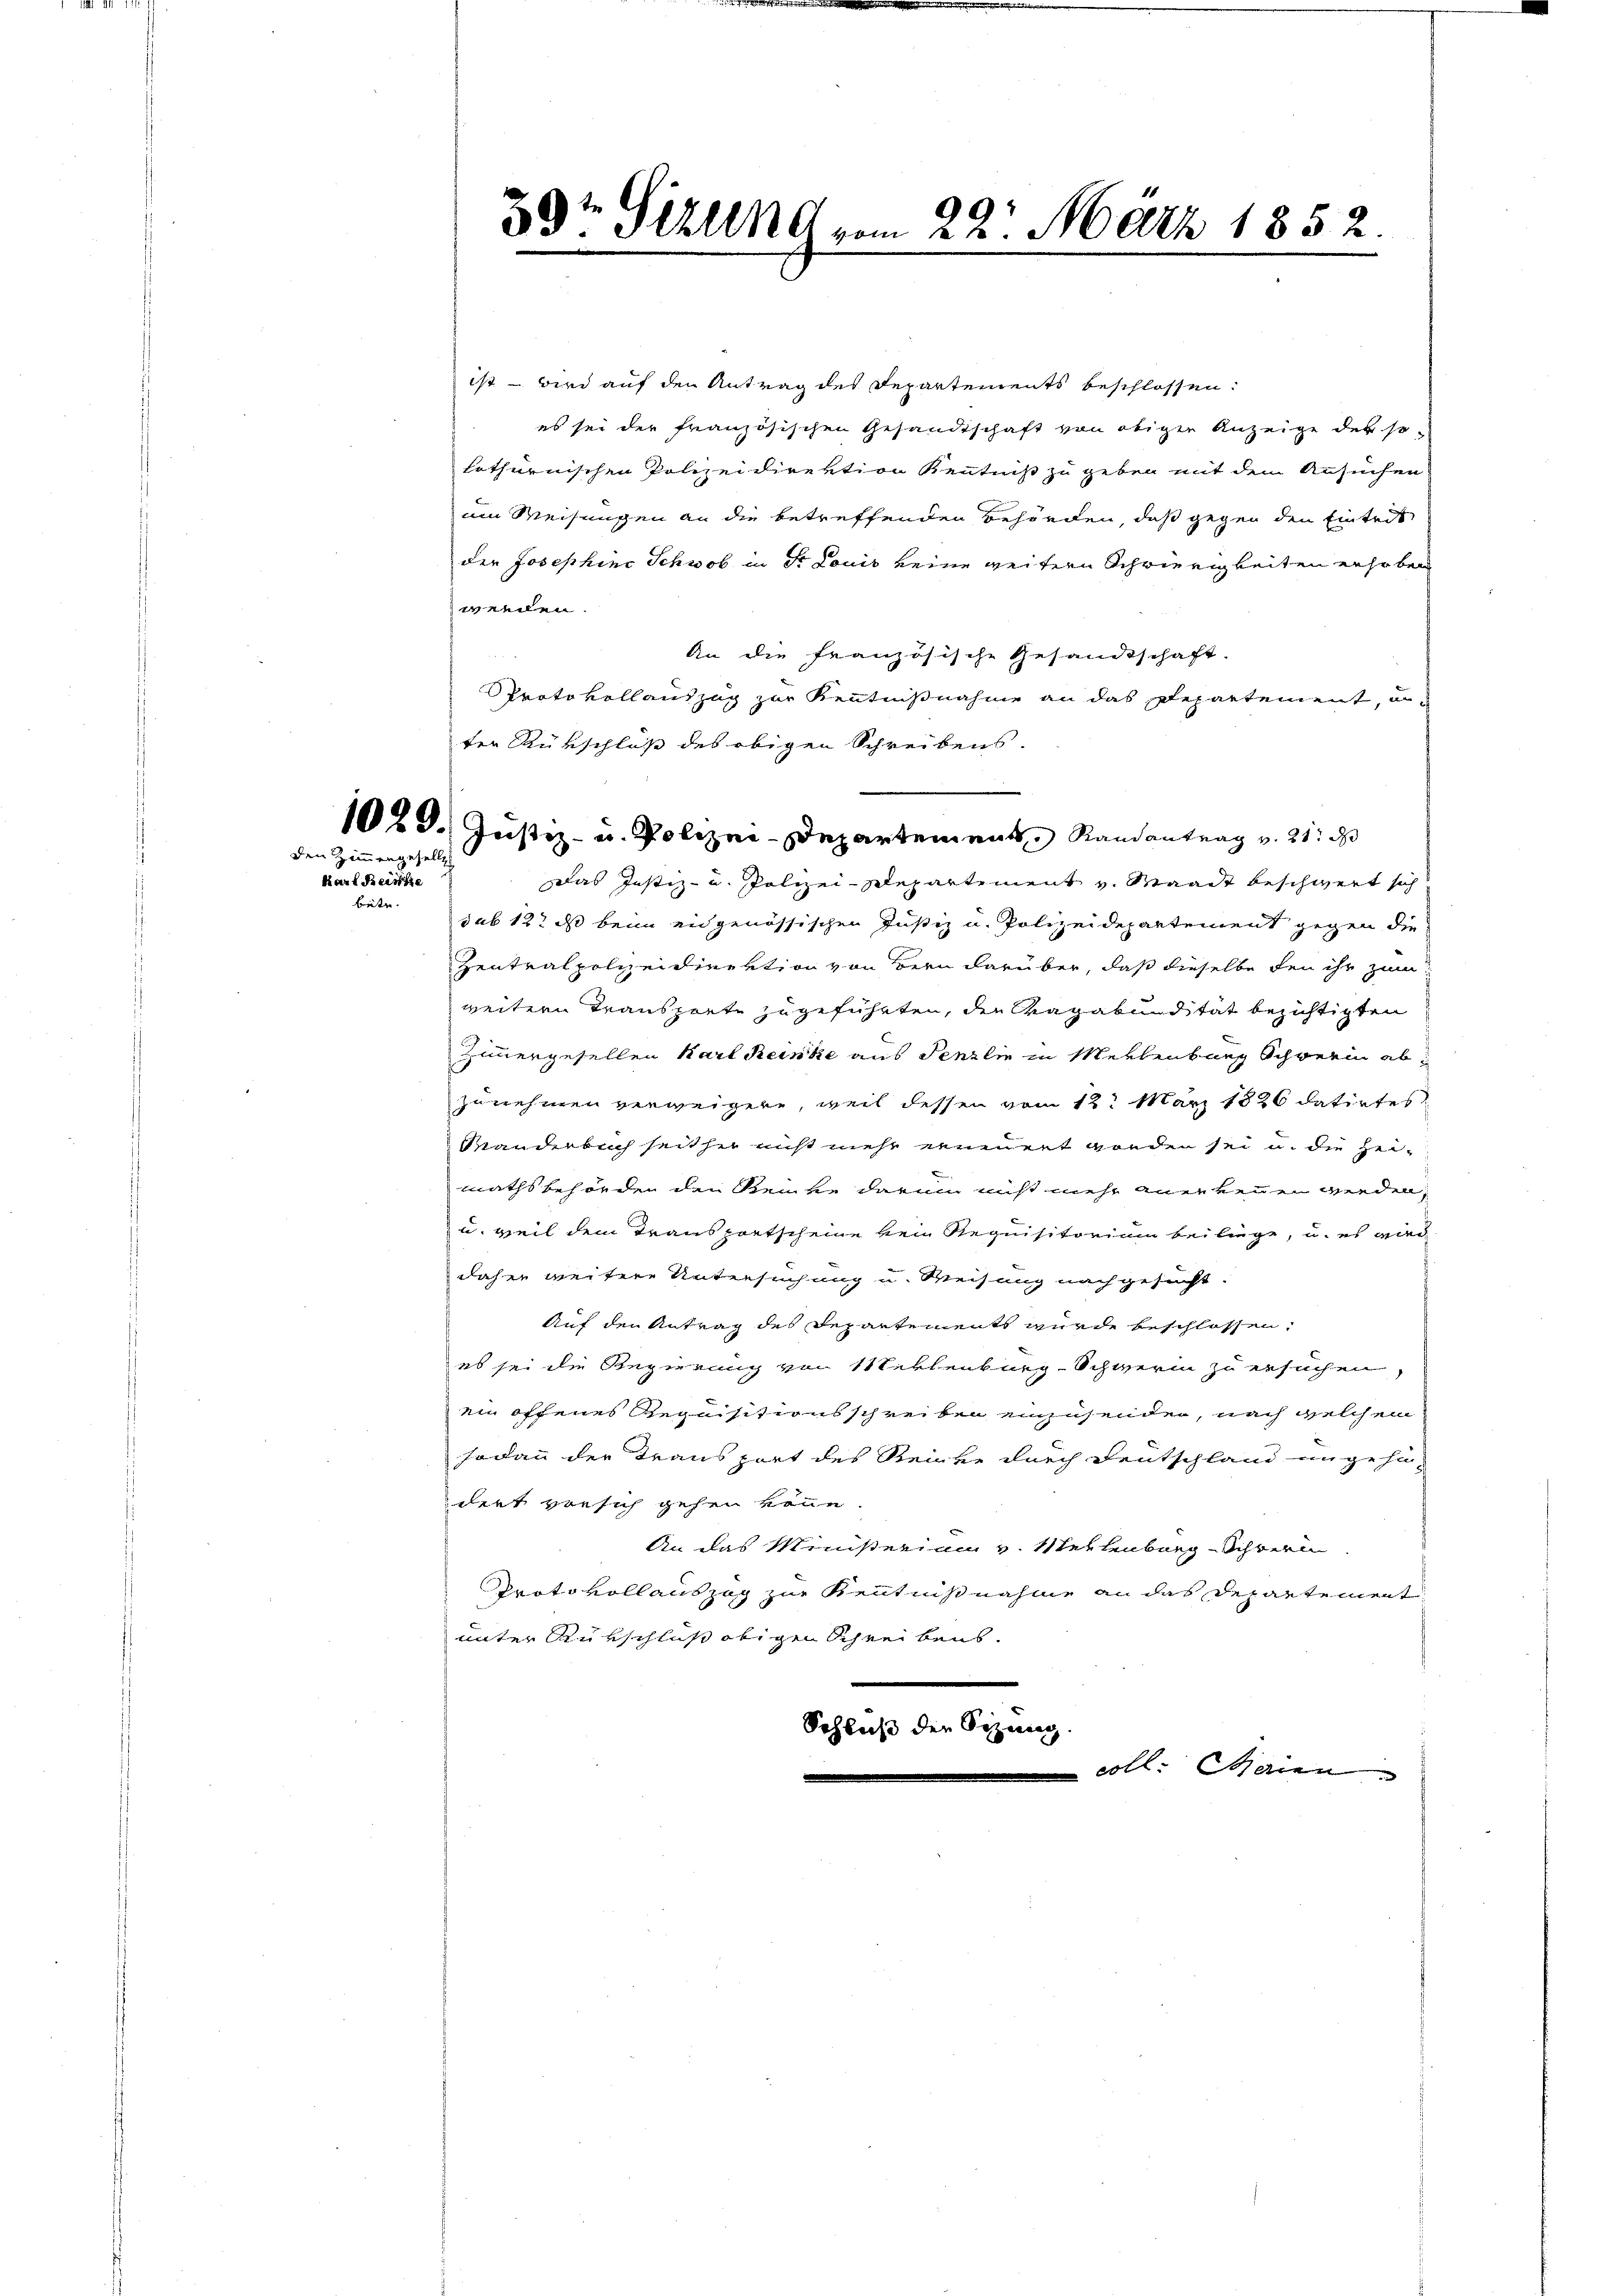
den Zimmengesell
Karl Reinhe
bete.

9
30t Sekund vom 22. März 1852

ter Rükschluß des obigen Schreibens.
10t d. Justiz- u. Polizei-Departement Randantrag v. 21. d

ist – wird auf den Antrag des Departements beschlossen:
es sei der französischen Gesandtschaft von obiger Anzeige der so-
lothurnischen Polizeidirektion Kenntniß zu geben mit dem Ansuchen
um Weisungen an die betreffenden Behörden, daß gegen den Eintrit
der Josephine Schwob in Dr Louis keine weitern Schwierigkeiten erhoben
werden.
An die französische Gesandtschaft.
Protokollauszug zur Kenntnißnahme an das Departement, un¬
Das Justiz- u. Polizei-Departement v. Waadt beschwert sich
sub 12 ds beim eidgenössischen Justiz u. Polizeidepartement gegen die
Zentralpolizeidirektion von Bern darüber, daß dieselbe den ihr zum
weitern Transporte zugeführten, der Magabunität bezichtigten
Zimmergesellen Karl Reinke aus Fenzlin in Merkenburg Schwerin abzunehmen verweigern, weil dessen vom 12. März 1826 datirtes
Manderbuch seither nicht mehr erinnert worden sei u. die Heimathsbehörden den Steinke darum nicht mehr anerkennen werden,
u. weil dem Transportscheine kein Requisitorium beiliege, u. es wird
daher weitere Untersuchung u. Weisung nachgesucht.
Auf den Antrag des Departements wurde beschlossen:
es sei die Regierung von Neklenburg-Schwerin zu ersuchen,
ein offenes Requisitionsschreiben einzusenden, nach welchem
sodann der Transport des Reinke durch Deutschland ungehö-
dert vorsich gehen könne.
An das Ministerium v. Mehlenburg-Schrein
Protokollauszug zur Kenntnißnahme an das Departement
unter Rükschluß obigen Schreibens.
Schluß der Sizung
coll. Maien